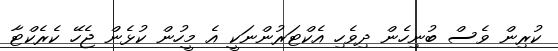
ކުރިން ވެސް ބުނިހެން ދިވެހި އެކްޓަރުންނަކީ އެ މީހުން ކުޅެން ޖެހޭ ކެރެކްޓާ